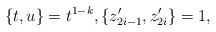
LaTeX: \begin{align*}\{t,u\}=t^{1-k}, \{z_{2i-1}', z_{2i}'\} = 1,\end{align*}